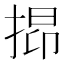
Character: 𢯤